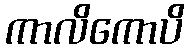
ကာလိကောပိ